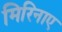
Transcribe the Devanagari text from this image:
मिरिनाए